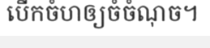
បើកចំហឲ្យចំចំណុច។